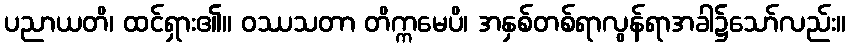
ပညာယတိ၊ ထင်ရှား၏။ ဝဿသတာ တိက္ကမေပိ၊ အနှစ်တစ်ရာလွန်ရာအခါ၌သော်လည်း။